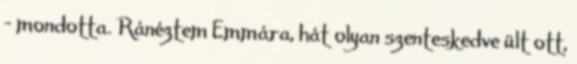
- mondotta. Ránéztem Emmára, hát olyan szenteskedve ült ott,